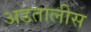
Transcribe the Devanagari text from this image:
अडतालीस